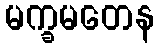
မက္ခမတေန